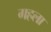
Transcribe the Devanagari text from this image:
गहला